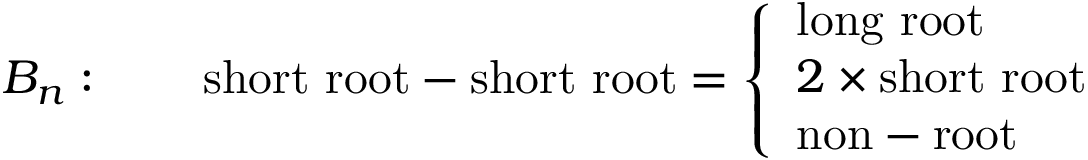
B _ { n } : \qquad \mathrm { s h o r t ~ r o o t } - \mathrm { s h o r t ~ r o o t } = \left\{ \begin{array} { l } { { \mathrm { l o n g ~ r o o t } } } \\ { { 2 \times \mathrm { s h o r t ~ r o o t } } } \\ { { \mathrm { n o n - r o o t } } } \end{array} \right.